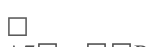
٤